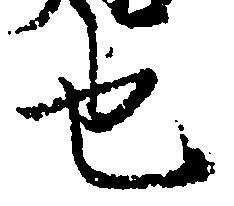
也